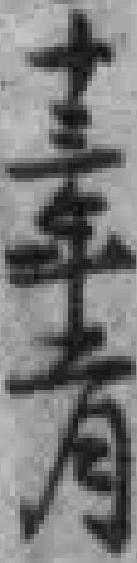
十三年二月